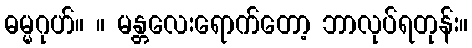
ဓမ္မဂုဟ်။ ။ မန္တလေးရောက်တော့ ဘာလုပ်ရတုန်း။